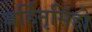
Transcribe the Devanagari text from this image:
बर्हिनृसिंहो